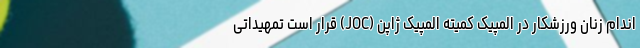
اندام زنان ورزشکار در المپیک کمیته المپیک ژاپن (JOC) قرار است تمهیداتی